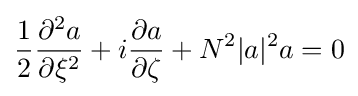
{\frac {1}{2}}{\frac {\partial ^{2}a}{\partial \xi ^{2}}}+i{\frac {\partial a}{\partial \zeta }}+N^{2}|a|^{2}a=0